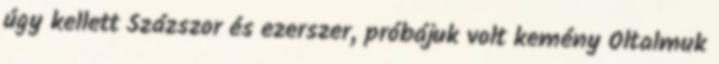
úgy kellett Százszor és ezerszer, próbájuk volt kemény Oltalmuk